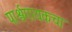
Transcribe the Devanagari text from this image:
पार्श्वगायकचा